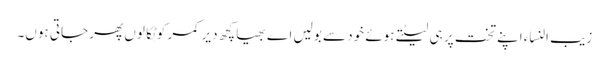
زیب النساء اپنے تخت پر ہی لیٹتے ہوئے خود سے بولیں اے بھیا کچھ دیر کمر کو ٹِکالوں پھر جاتی ہوں۔